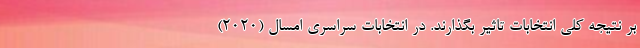
بر نتیجه کلی انتخابات تاثیر بگذارند. در انتخابات سراسری امسال (2020)